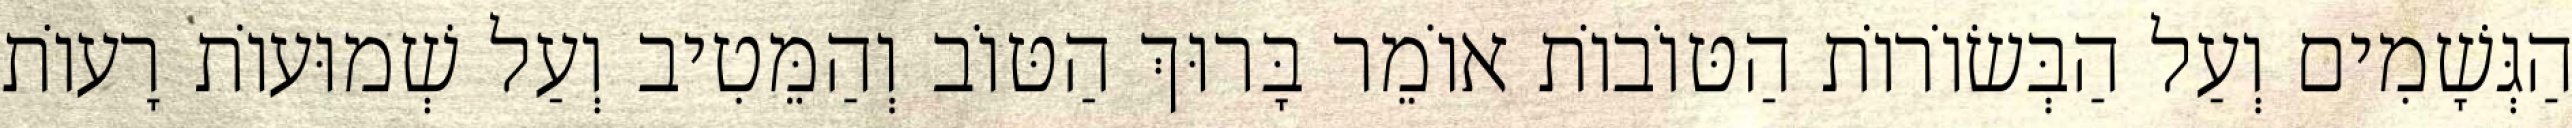
הַגְּשָׁמִים וְעַל הַבְּשׂוֹרוֹת הַטּוֹבוֹת אוֹמֵר בָּרוּךְ הַטּוֹב וְהַמֵּטִיב וְעַל שְׁמוּעוֹת רָעוֹת